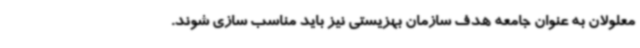
معلولان به عنوان جامعه هدف سازمان بهزیستی نیز باید مناسب سازی شوند.